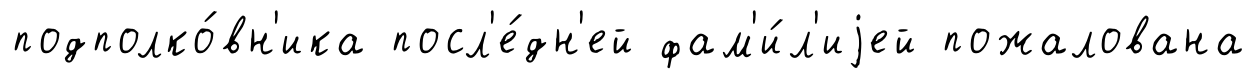
подполко́вн'ика посл'е́дн'ей фам'и́л'иjей пожалована